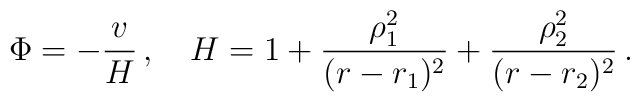
\Phi = -\frac{v}{H}\, ,\quad H=1+\frac{\rho_1^2}{(r-r_1)^2}+ \frac{\rho_2^2}{(r-r_2)^2}\, .